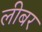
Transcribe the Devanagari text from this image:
लीबर